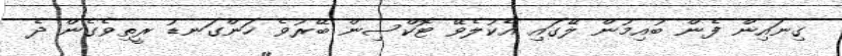
ގިނައިން ފެން ބުއިމުން ލޭގައި އެކުލެވޭ ޓޮކްސިން ބޭރުވެ ހަންގަނޑު ރީތިވެގެން ދެ